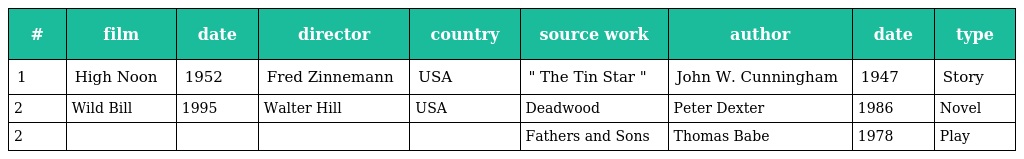
| # | film | date | director | country | source work | author | date | type |
 | --- | --- | --- | --- | --- | --- | --- | --- | --- |
 | 1 | High Noon | 1952 | Fred Zinnemann | USA | " The Tin Star " | John W. Cunningham | 1947 | Story |
 | 2 | Wild Bill | 1995 | Walter Hill | USA | Deadwood | Peter Dexter | 1986 | Novel |
 | 2 |  |  |  |  | Fathers and Sons | Thomas Babe | 1978 | Play |